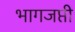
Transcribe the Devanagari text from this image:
भागजप्ती